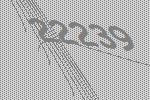
22239